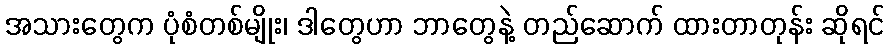
အသားတွေက ပုံစံတစ်မျိုး၊ ဒါတွေဟာ ဘာတွေနဲ့ တည်ဆောက် ထားတာတုန်း ဆိုရင်